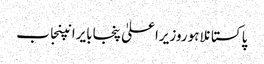
پاکستانلاہوروزیراعلیٰ پنجابایرانپنجاب